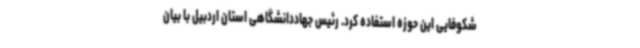
شکوفایی این حوزه استفاده کرد. رئیس جهاددانشگاهی استان اردبیل با بیان